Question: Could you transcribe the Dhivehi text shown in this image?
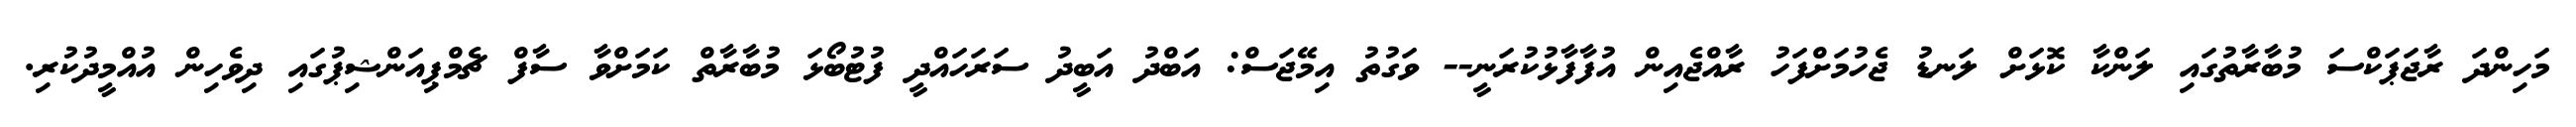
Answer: މަހިންދަ ރާޖަޕަކްސަ މުބާރާތުގައި ލަންކާ ކޮޅަށް ލަނޑު ޖެހުމަށްފަހު ރާއްޖެއިން އުފާފާޅުކުރަނީ-- ވަގުތު އިމޭޖަސް: އަބްދު އަބީދު ސަރަހައްދީ ފުޓުބޯޅަ މުބާރާތް ކަމަށްވާ ސާފް ޗެމްޕިއަންޝިޕުގައި ދިވެހިން އުއްމީދުކުރި.